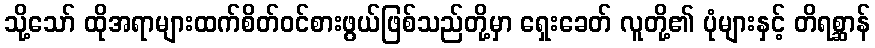
သို့သော် ထိုအရာများထက်စိတ်ဝင်စားဖွယ်ဖြစ်သည်တို့မှာ ရှေးခေတ် လူတို့၏ ပုံများနှင့် တိရစ္ဆာန်